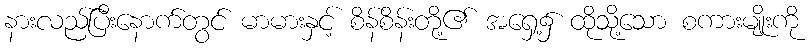
နားလည်ပြီးနောက်တွင် မာမားနှင့် စိန်စိန်းတို့၏ အရှေ့၌ ထိုသို့သော စကားမျိုးကို